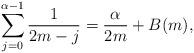
LaTeX: \begin{align*}\sum_{j=0}^{\alpha-1} \frac{1}{2m-j} = \frac{\alpha}{2m} +B(m), \end{align*}